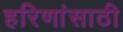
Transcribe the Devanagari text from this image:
हरिणांसाठी